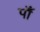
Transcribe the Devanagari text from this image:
पाँ